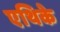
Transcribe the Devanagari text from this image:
एथिके